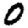
Digit: 0